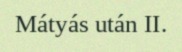
Mátyás után II.